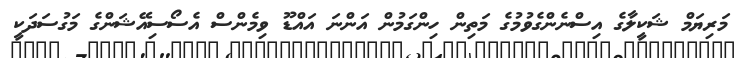
މަރިޔަމް ޝަކީލާގެ އިސްނެންގެވުމުގެ މަތިން ހިންގަމުން އަންނަ އައްޑޫ ވިމެންސް އެސޯސިއޭޝަންގެ މަގުސަދަކީ